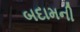
બદામની